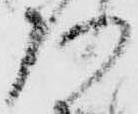
弥